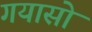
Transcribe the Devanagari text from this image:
गयासो